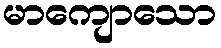
မာကျောသော